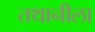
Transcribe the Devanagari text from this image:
तथानीला